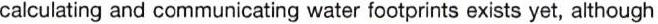
calculating and communicating water footprints exists yet, although